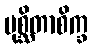
ပုစ္ဆိတာစိက္ခ